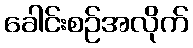
ခေါင်းစဉ်အလိုက်